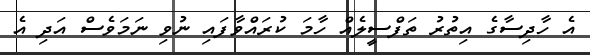
އެ ހާދިސާގެ އިތުރު ތަފްސީލެއް ހާމަ ކުރައްވާފައި ނުވި ނަމަވެސް އަދި އެ